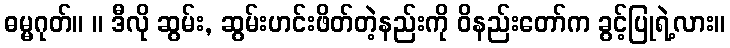
ဓမ္မဂုတ်။ ။ ဒီလို ဆွမ်း, ဆွမ်းဟင်းဖိတ်တဲ့နည်းကို ဝိနည်းတော်က ခွင့်ပြုရဲ့လား။